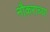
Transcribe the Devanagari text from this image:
नौकराच्या